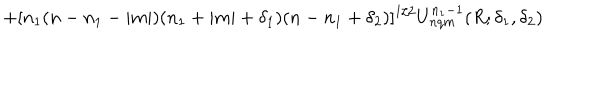
+ [ n _ { 1 } ( n - n _ { 1 } - | m | ) ( n _ { 1 } + | m | + \delta _ { 1 } ) ( n - n _ { 1 } + \delta _ { 2 } ) ] ^ { 1 / 2 } U _ { n q m } ^ { n _ { 1 } - 1 } ( R ; \delta _ { 1 } , \delta _ { 2 } )